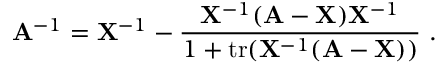
\mathbf { A } ^ { - 1 } = \mathbf { X } ^ { - 1 } - { \frac { \mathbf { X } ^ { - 1 } ( \mathbf { A } - \mathbf { X } ) \mathbf { X } ^ { - 1 } } { 1 + \operatorname { t r } ( \mathbf { X } ^ { - 1 } ( \mathbf { A } - \mathbf { X } ) ) } } ~ .